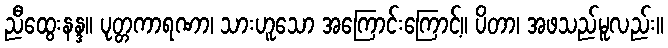
ညီထွေးနန္ဒ။ ပုတ္တကာရဏာ၊ သားဟူသော အကြောင်းကြောင့်။ ပိတာ၊ အဖသည်မူလည်း။